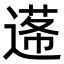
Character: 𨕷